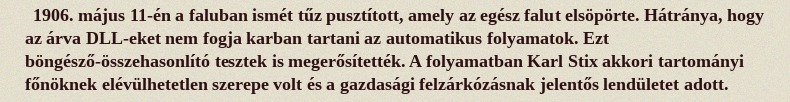
1906. május 11-én a faluban ismét tűz pusztított, amely az egész falut elsöpörte. Hátránya, hogy az árva DLL-eket nem fogja karban tartani az automatikus folyamatok. Ezt böngésző-összehasonlító tesztek is megerősítették. A folyamatban Karl Stix akkori tartományi főnöknek elévülhetetlen szerepe volt és a gazdasági felzárkózásnak jelentős lendületet adott.